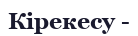
Кірекесу -